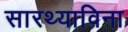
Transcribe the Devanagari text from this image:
सारथ्याविना